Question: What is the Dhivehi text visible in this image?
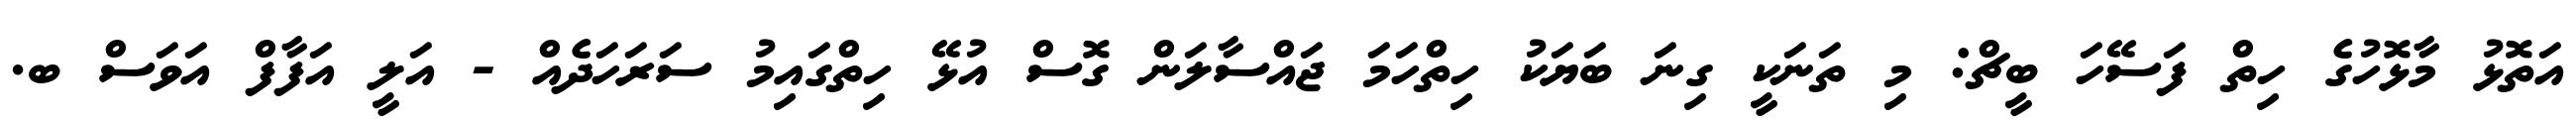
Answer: އަތޮޅު މާޅޮހުގެ ހިތް ފަސޭހަ ބީޗް: މި ތަނަކީ ގިނަ ބަޔަކު ހިތްހަމަ ޖައްސާލަން ގޮސް އުޅޭ ހިތްގައިމު ސަރަހަދެއް - އަލީ އަފާފް އަވަސް ބ.